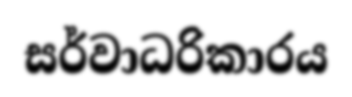
සර්වාධරිකාරය